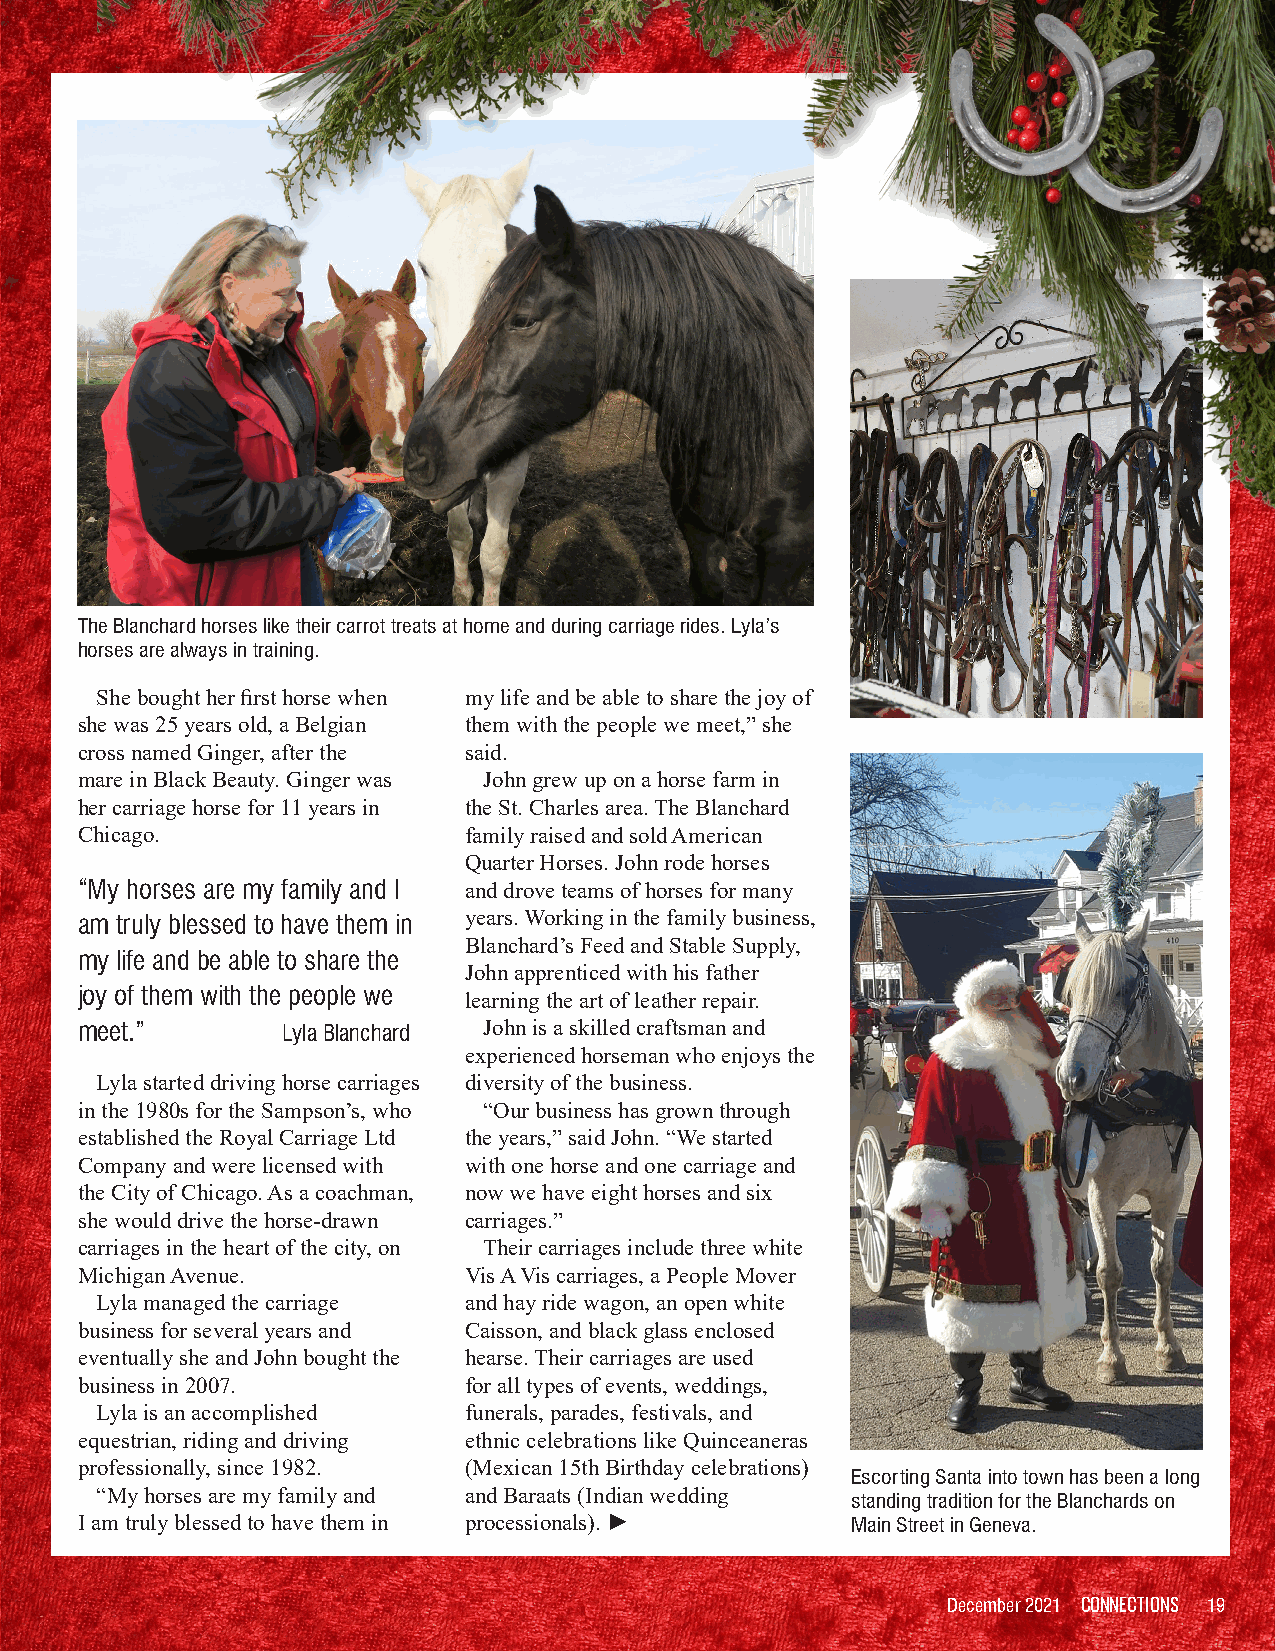
The Blanchard horses like their carrot treats at home and during carriage rides. Lyla’s
 horses are always in training.
 She bought her first horse when my life and be able to share the joy of
 she was 25 years old, a Belgian them with the people we meet,” she
 cross named Ginger, after the said.
 mare in Black Beauty. Ginger was John grew up on a horse farm in
 her carriage horse for 11 years in the St. Charles area. The Blanchard
 Chicago.                  family raised and sold American
 Quarter Horses. John rode horses
 “My horses are my family and I and drove teams of horses for many
 am truly blessed to have them in years. Working in the family business,
 Blanchard’s Feed and Stable Supply,
 my life and be able to share the
 John apprenticed with his father
 joy of them with the people we
 learning the art of leather repair.
 meet.”        Lyla Blanchard John is a skilled craftsman and
 experienced horseman who enjoys the
 Lyla started driving horse carriages diversity of the business.
 in the 1980s for the Sampson’s, who “Our business has grown through
 established the Royal Carriage Ltd the years,” said John. “We started
 Company and were licensed with with one horse and one carriage and
 the City of Chicago. As a coachman, now we have eight horses and six
 she would drive the horse-drawn carriages.”
 carriages in the heart of the city, on Their carriages include three white
 Michigan Avenue.          Vis A Vis carriages, a People Mover
 Lyla managed the carriage and hay ride wagon, an open white
 business for several years and Caisson, and black glass enclosed
 eventually she and John bought the hearse. Their carriages are used
 business in 2007.         for all types of events, weddings,
 Lyla is an accomplished  funerals, parades, festivals, and
 equestrian, riding and driving ethnic celebrations like Quinceaneras
 professionally, since 1982. (Mexican 15th Birthday celebrations)
 Escorting Santa into town has been a long
 “My horses are my family and and Baraats (Indian wedding standing tradition for the Blanchards on
 I am truly blessed to have them in processionals). ► Main Street in Geneva.
 December 2021 CONNECTIONS 19